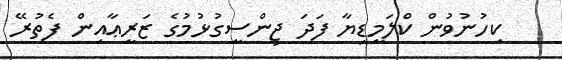
ކިހުނުވުން ކްލަމީޑިޔާ ފަދަ ޖިންސީގުޅުމުގެ ޒަރީޢާއިން ފެތުރޭ